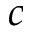
c